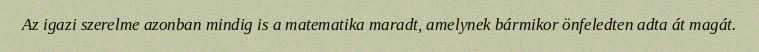
Az igazi szerelme azonban mindig is a matematika maradt, amelynek bármikor önfeledten adta át magát.